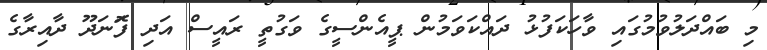
މި ބައްދަލުވުމުގައި ވާހަކަފުޅު ދައްކަަވަމުން ޕީއެންސީގެ ވަގުތީ ރައީސް އަދި ފޮަނަދޫ ދާއިރާގެ